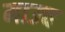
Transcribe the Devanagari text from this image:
माउच